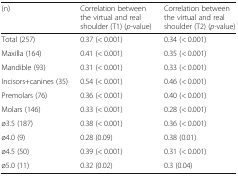
| (n) | Correlation between the virtual and real shoulder (T1) (p-value) | Correlation between the virtual and real shoulder (T2) (p-value) |
 | --- | --- | --- |
 | Total (257) | 0.37 (< 0.001) | 0.34 (< 0.001) |
 | Maxilla (164) | 0.41 (< 0.001) | 0.35 (< 0.001) |
 | Mandible (93) | 0.31 (< 0.001) | 0.33 (< 0.001) |
 | Incisors+canines (35) | 0.54 (< 0.001) | 0.46 (< 0.001) |
 | Premolars (76) | 0.36 (< 0.001) | 0.40 (< 0.001) |
 | Molars (146) | 0.33 (< 0.001) | 0.28 (< 0.001) |
 | ø3.5 (187) | 0.38 (< 0.001) | 0.36 (< 0.001) |
 | ø4.0 (9) | 0.28 (0.09) | 0.38 (0.01) |
 | ø4.5 (50) | 0.39 (< 0.001) | 0.31 (< 0.001) |
 | ø5.0 (11) | 0.32 (0.02) | 0.3 (0.04) |